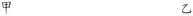
甲 乙